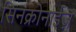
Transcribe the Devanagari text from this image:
सिनक्रोनाईज़